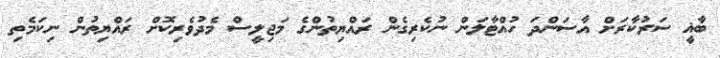
ބާޣީ ސަރުކާރަށް އާސަންދަ ހުއްޓާލަން ނުކެރިގެން ރައްޔިތުންގެ މަޖިލީސް މެދުވެރިކޮށް ރައްޔިތުން ނިކަމެތި